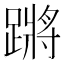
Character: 蹡